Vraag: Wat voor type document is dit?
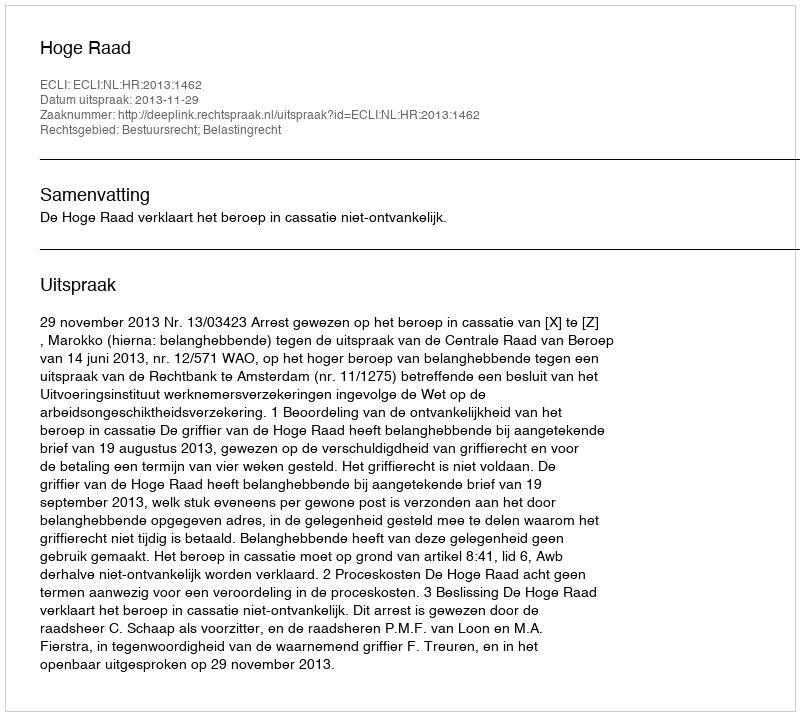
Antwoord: Uitspraak